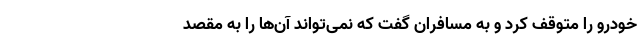
خودرو را متوقف کرد و به مسافران گفت که نمی‌تواند آن‌ها را به مقصد